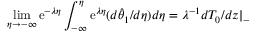
\operatorname* { l i m } _ { \eta \to - \infty } \mathrm { e } ^ { - \lambda \eta } \int _ { - \infty } ^ { \eta } \mathrm { e } ^ { \lambda \eta } ( d \hat { \theta } _ { 1 } / d \eta ) d \eta = \lambda ^ { - 1 } d T _ { 0 } / d z | _ { - }